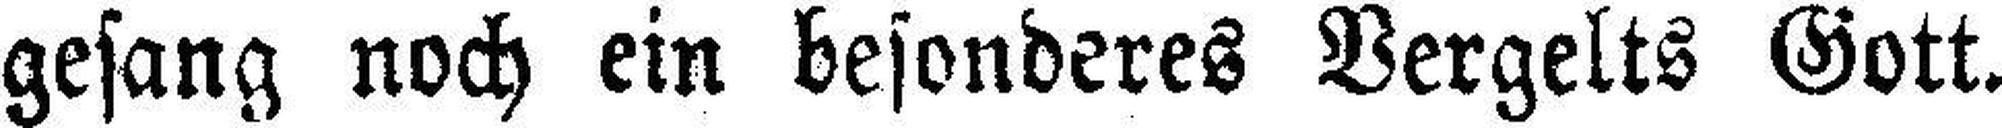
gesang noch ein besonderes Vergelts Gott.